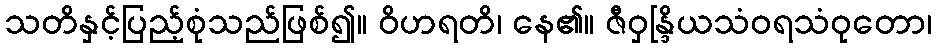
သတိနှင့်ပြည့်စုံသည်ဖြစ်၍။ ဝိဟရတိ၊ နေ၏။ ဇီဝှန္ဒြိယသံဝရသံဝုတော၊